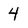
Character: 4